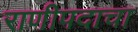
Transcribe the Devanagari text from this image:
राणीपदाचा